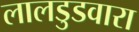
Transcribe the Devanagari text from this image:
लालडुडवारा